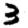
Digit: 3